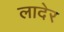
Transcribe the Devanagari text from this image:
लादेर